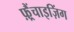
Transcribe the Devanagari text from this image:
फ़्रैंचाइज़िंग